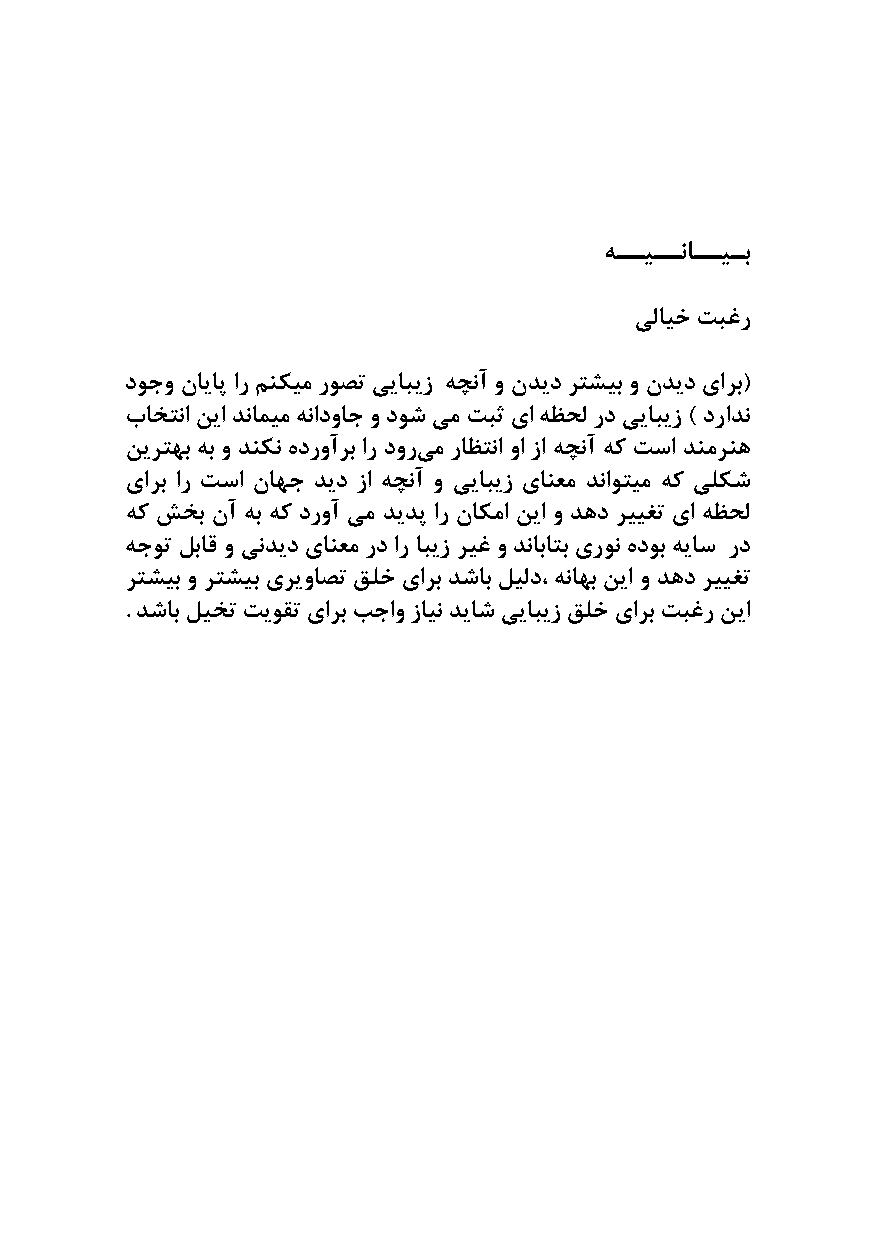
هــیــناــیـب
 یلایخ تبغر
 دوجو نایاپ ار منکیم روصت ییابیز هچنآ و ندید رتشیب و ندید یارب(
 باختنا نیا دنامیم هنادواج و دوش یم تبث یا هظحل رد ییابیز ) درادن
 نیرتهب هب و دنکن هدروآرب ار دور یم راظتنا وا زا هچنآ هک تسا دنمرنه
 یارب ار تسا ناهج دید زا هچنآ و ییابیز یانعم دناوتیم هک یلکش
 هک شخب نآ هب هک دروآ یم دیدپ ار ناکما نیا و دهد رییغت یا هظحل
 هجوت لباق و یندید یانعم رد ار ابیز ریغ و دناباتب یرون هدوب هیاس رد
 رتشیب و رتشیب یریواصت قلخ یارب دشاب لیلد، هناهب نیا و دهد رییغت
 . دشاب لیخت تیوقت یارب بجاو زاین دیاش ییابیز قلخ یارب تبغر نیا